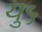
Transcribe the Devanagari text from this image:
यु५